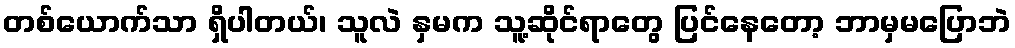
တစ်ယောက်သာ ရှိပါတယ်၊ သူလဲ နှမက သူ့ဆိုင်ရာတွေ ပြင်နေတော့ ဘာမှမပြောဘဲ